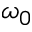
\omega _ { 0 }